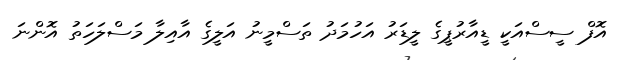
އޮފް ސީސްއަކީ ޑީއާރުޕީގެ ލީޑަރު އަހުމަދު ތަސްމީނު އަލީގެ އާއިލާ މަސްލަހަތު އޮންނަ